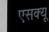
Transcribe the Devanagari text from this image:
एसक्यू